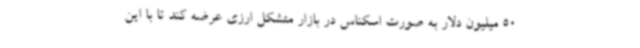
50 میلیون دلار به صورت اسکناس در بازار متشکل ارزی عرضه کند تا با این